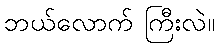
ဘယ်လောက် ကြီးလဲ။